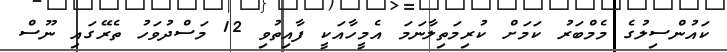
ކައުންސިލުގެ މެމްބަރު ކަމަށް ކުރިމަތިލާނަމަ އެމީހާއަކީ ފާއިތުވި 12 މަސްދުވަހު ތެރޭގައި ނޫސް